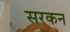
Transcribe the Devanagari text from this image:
सरकन